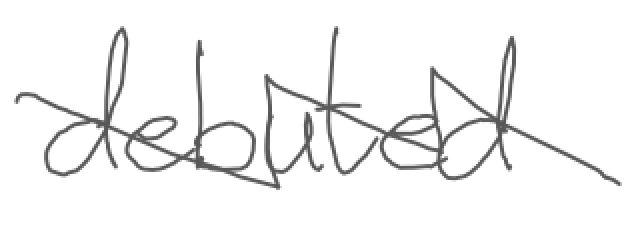
Text: debuted
Cross-out: zig-zag
Writing tool: digital_gray